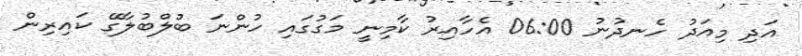
އަދި މިއަދު ހެނދުނު 06:00 އެހާއިރު ކާމިނީ މަގުގައި ހުންނަ ބުލްބުލާގޭ ކައިރިން